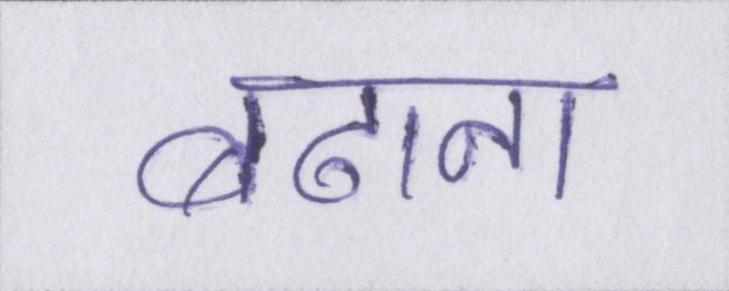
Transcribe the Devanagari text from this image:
बढाना